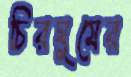
চিরঘুমের